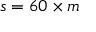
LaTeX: s = 6 0 \times m